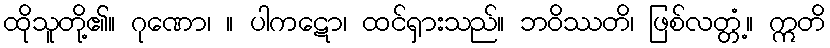
ထိုသူတို့၏။ ဂုဏော၊ ။ ပါကဋော၊ ထင်ရှားသည်။ ဘဝိဿတိ၊ ဖြစ်လတ္တံ့။ ဣတိ